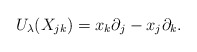
\begin{align*}U_\lambda(X_{jk})=x_k\partial_j-x_j\partial_k.\end{align*}